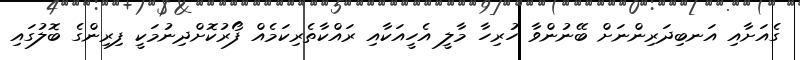
ގެއަށާއި އަނބިދަރިންނަށް ބޭނުންވާ ހުރިހާ މާލީ އެހީއަކާއި ރައްކާތެރިކަމެއް ފޯރުކޮށްދިނުމަކީ ފިރިންގެ ބޮލުގައި